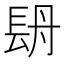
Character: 𨱪